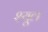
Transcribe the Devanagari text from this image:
श्यूल